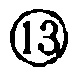
\circled{13}